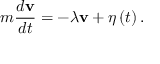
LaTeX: m { \frac { d \mathbf { v } } { d t } } = - \lambda \mathbf { v } + { \boldsymbol { \eta } } \left( t \right) .